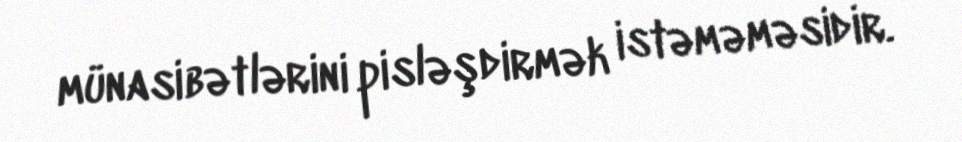
münasibətlərini pisləşdirmək istəməməsidir.